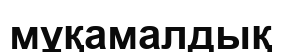
мұқамалдық